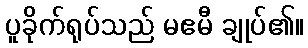
ပူခိုက်ရုပ်သည် မဧမီ ချုပ်၏။